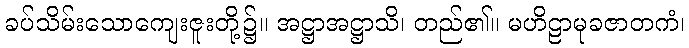
ခပ်သိမ်းသောကျေးဇူးတို့၌။ အဋ္ဌာအဋ္ဌာသိ၊ တည်၏။ မဟိဠာမုခဇာတကံ၊